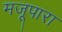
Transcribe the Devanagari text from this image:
मजूपारा